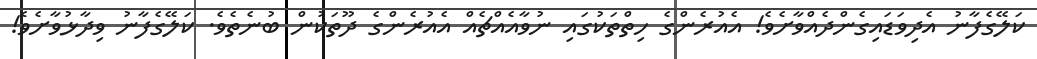
ކަލޭގެފާނު އެދިވަޑައިގެންދެއްވާށެވެ! އެއުރެންގެ ހިތްތަކުގައި ނުވާއެއްޗެއް އެއުރެންގެ ދޫތަކުން ބުނެތެވެ. ކަލޭގެފާނު ވިދާޅުވާށެވެ!